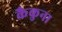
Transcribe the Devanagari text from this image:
कैकुना